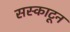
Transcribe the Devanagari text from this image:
सस्काटून